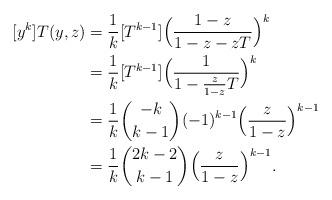
LaTeX: \begin{align*} [y^k]T(y, z)&=\frac1k [T^{k-1}]\Bigl(\frac{1-z}{1-z-zT}\Bigr)^{k}\\ &=\frac1k[T^{k-1}]\Bigl(\frac1{1-\frac{z}{1-z}T}\Bigr)^k \\&=\frac1k \binom{-k}{k-1}(-1)^{k-1} \Bigl(\frac{z}{1-z}\Bigr)^{k-1}\\ &=\frac{1}{k}\binom{2k-2}{k-1}\Bigl(\frac{z}{1-z}\Bigr)^{k-1}. \end{align*}